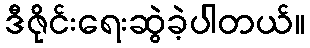
ဒီဇိုင်းရေးဆွဲခဲ့ပါတယ်။